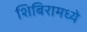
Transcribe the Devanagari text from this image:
शिबिरामध्ये